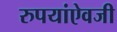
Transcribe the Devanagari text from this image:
रुपयांऐवजी